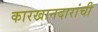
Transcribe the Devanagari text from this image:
कारखानदारांची